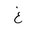
Letter: _gayn